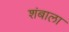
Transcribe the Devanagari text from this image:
शंबाला